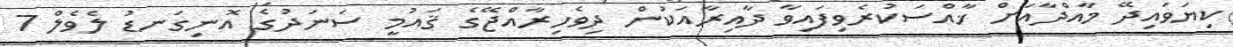
ކިޔަވައިދޭ މާއްދާއަށް ޚާއްސަކުރެވިފައިވާ ދާއިރާއަކުން ދިވެހިރާއްޖޭގެ ޤައުމީ ސަނަދުގެ އޮނިގަނޑު ލެވެލް 7